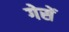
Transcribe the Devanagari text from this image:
गेसें